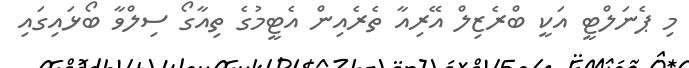
މި ޕެނަލްޓީ އަކީ ބްރެޒިލް އޭރިއާ ތެރެއިން އެޓީމުގެ ތިއާގޯ ސިލްވާ ބޯޅައިގައި